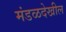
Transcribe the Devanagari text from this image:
मंडळदेखील